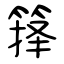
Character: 箨